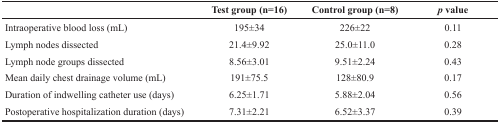
<table><thead><tr><td></td><td><b>Test group (n=16)</b></td><td><b>Control group (n=8)</b></td><td><b><i>p</i> value</b></td></tr></thead><tbody><tr><td>Intraoperative blood loss (mL)</td><td>195±34</td><td>226±22</td><td>0.11</td></tr><tr><td>Lymph nodes dissected</td><td>21.4±9.92</td><td>25.0±11.0</td><td>0.28</td></tr><tr><td>Lymph node groups dissected</td><td>8.56±3.01</td><td>9.51±2.24</td><td>0.43</td></tr><tr><td>Mean daily chest drainage volume (mL)</td><td>191±75.5</td><td>128±80.9</td><td>0.17</td></tr><tr><td>Duration of indwelling catheter use (days)</td><td>6.25±1.71</td><td>5.88±2.04</td><td>0.56</td></tr><tr><td>Postoperative hospitalization duration (days)</td><td>7.31±2.21</td><td>6.52±3.37</td><td>0.39</td></tr></tbody></table>